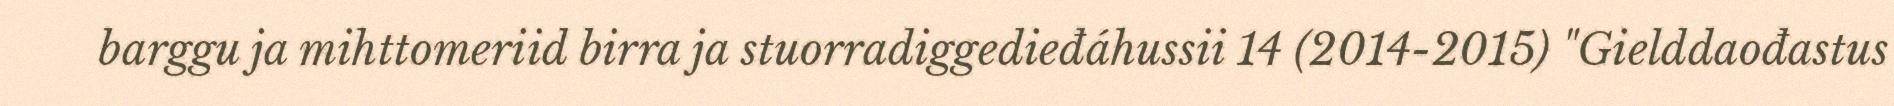
barggu ja mihttomeriid birra ja stuorradiggedieđáhussii 14 (2014-2015) "Gielddaođastus